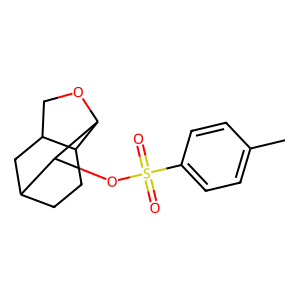
SMILES: Cc1ccc(S(=O)(=O)OC2C3CCC4C(COC42)C3)cc1
Inhibits HIV replication: Yes